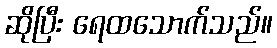
ဆိုပြီး ရေထသောက်သည်။